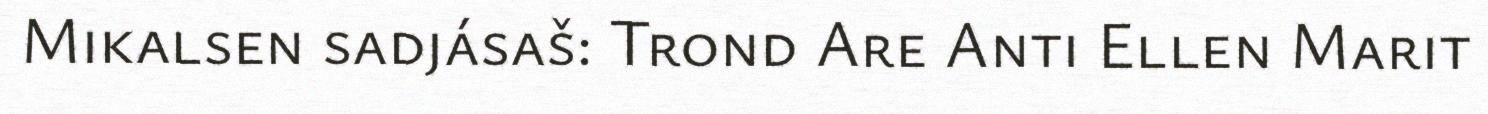
Mikalsen sadjásaš: Trond Are Anti Ellen Marit